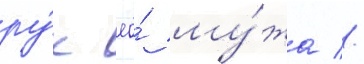
ру́к ео́ му́жа //